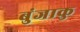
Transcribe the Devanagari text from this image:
बुंजाकु